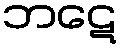
ဘဋေ